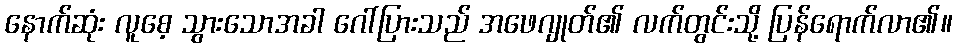
နောက်ဆုံး လူစေ့ သွားသောအခါ ဂေါ်ပြားသည် အဖေဂျုတ်၏ လက်တွင်းသို့ ပြန်ရောက်လာ၏။